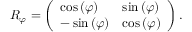
R _ { \varphi } = \left( \begin{array} { l l } { \cos \left( \varphi \right) } & { \sin \left( \varphi \right) } \\ { - \sin \left( \varphi \right) } & { \cos \left( \varphi \right) } \end{array} \right) .